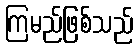
ကြမည်ဖြစ်သည်